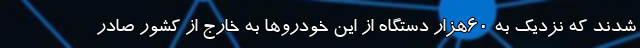
شدند که نزدیک به 60هزار دستگاه از این خودروها به خارج از کشور صادر